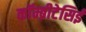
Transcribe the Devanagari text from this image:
कॉम्ब्रीटेसिई